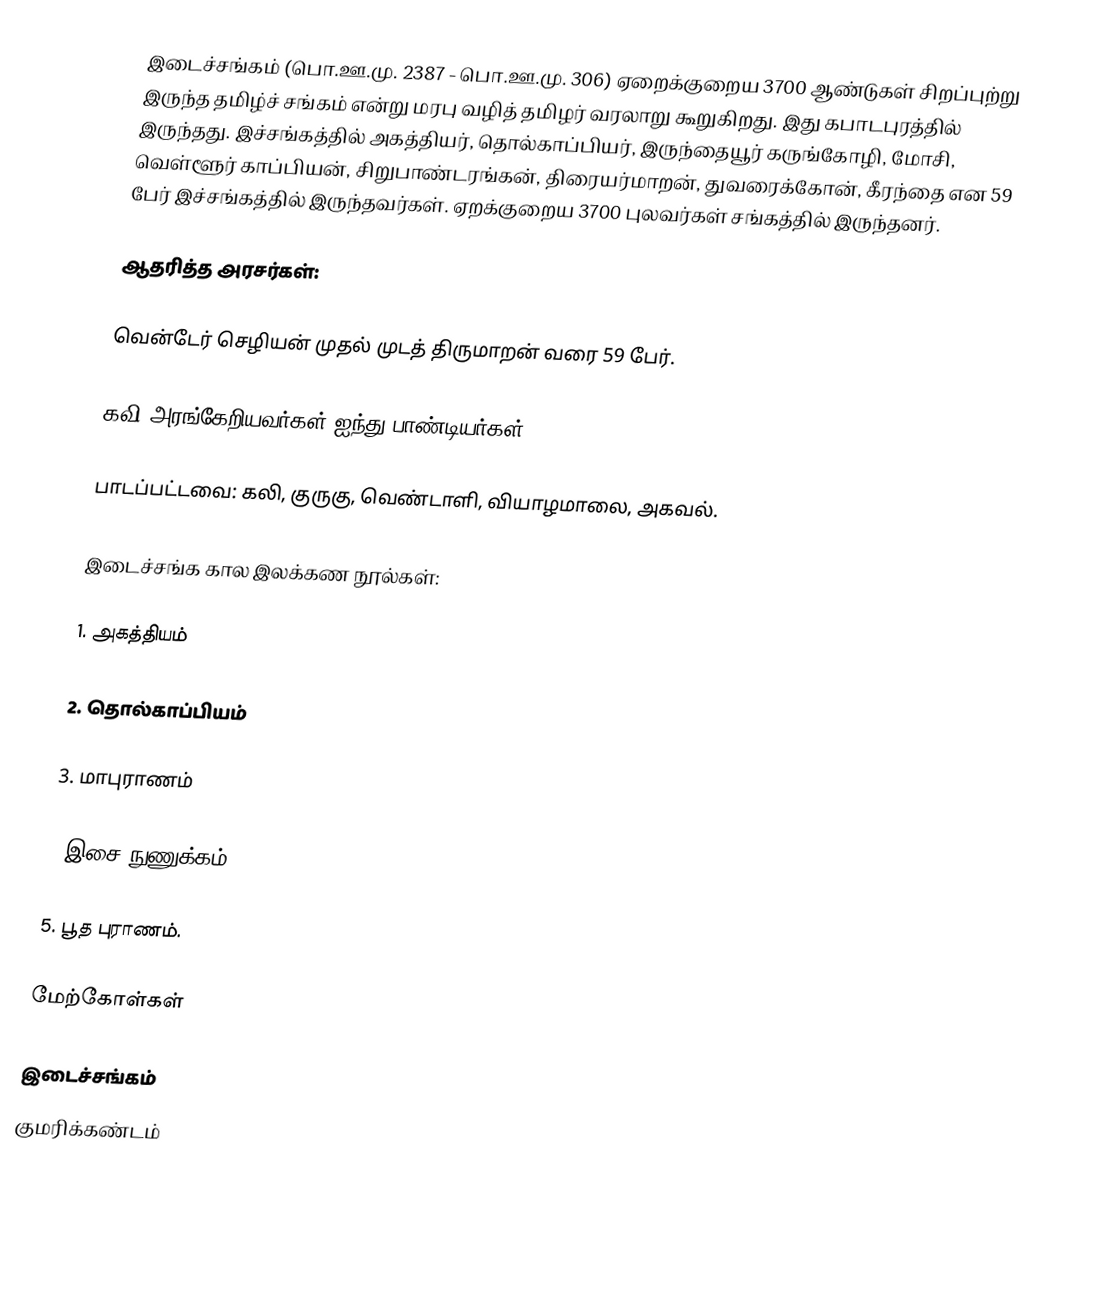
இடைச்சங்கம் (பொ.ஊ.மு. 2387 - பொ.ஊ.மு. 306) ஏறைக்குறைய 3700 ஆண்டுகள் சிறப்புற்று இருந்த தமிழ்ச் சங்கம் என்று மரபு வழித் தமிழர் வரலாறு கூறுகிறது. இது கபாடபுரத்தில் இருந்தது. இச்சங்கத்தில் அகத்தியர், தொல்காப்பியர், இருந்தையூர் கருங்கோழி, மோசி, வெள்ளூர் காப்பியன், சிறுபாண்டரங்கன், திரையர்மாறன், துவரைக்கோன், கீரந்தை என 59 பேர் இச்சங்கத்தில் இருந்தவர்கள். ஏறக்குறைய 3700 புலவர்கள் சங்கத்தில் இருந்தனர்.

ஆதரித்த அரசர்கள்:

வென்டேர் செழியன் முதல் முடத் திருமாறன் வரை 59 பேர்.

கவி அரங்கேறியவர்கள் ஐந்து பாண்டியர்கள்.

பாடப்பட்டவை: கலி, குருகு, வெண்டாளி, வியாழமாலை, அகவல்.

இடைச்சங்க கால இலக்கண நூல்கள்:

1. அகத்தியம்

2. தொல்காப்பியம்

3. மாபுராணம்

4.இசை நுணுக்கம்

5. பூத புராணம்.

மேற்கோள்கள்

இடைச்சங்கம்
குமரிக்கண்டம்